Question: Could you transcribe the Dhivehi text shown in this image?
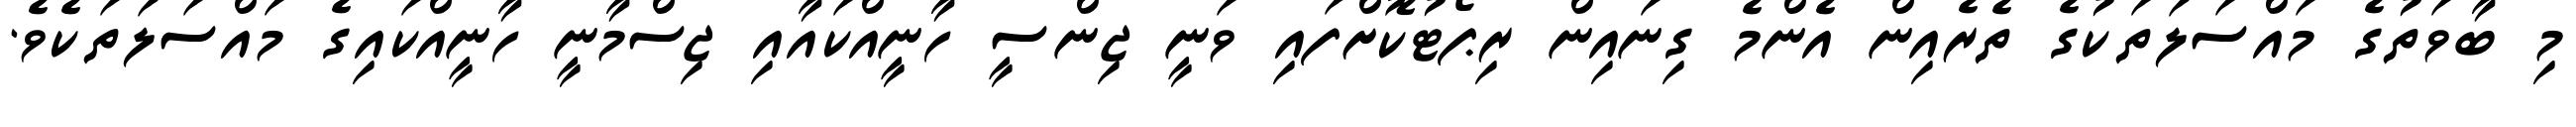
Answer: މި ބާވަތުގެ މައްސަލަތަކުގެ ތެރެއިން އެންމެ ގިނައިން ރިޕޯޓުކޮށްފައި ވަނީ ޖިންސީ ހާނީއްކައާއި ޖިސްމާނީ ހާނީއްކައިގެ މައްސަލަތަކެވެ.